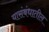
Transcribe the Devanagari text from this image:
यासंबंधातील